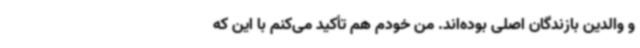
و والدین بازندگان اصلی بوده‌اند. من خودم هم تأکید می‌کنم با این که